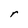
Character: r